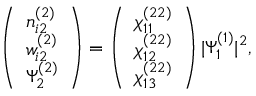
\begin{array} { r } { \left( \begin{array} { l } { n _ { i 2 } ^ { ( 2 ) } } \\ { w _ { i 2 } ^ { ( 2 ) } } \\ { \Psi _ { 2 } ^ { ( 2 ) } } \end{array} \right) = \left( \begin{array} { l } { \chi _ { 1 1 } ^ { ( 2 2 ) } } \\ { \chi _ { 1 2 } ^ { ( 2 2 ) } } \\ { \chi _ { 1 3 } ^ { ( 2 2 ) } } \end{array} \right) | \Psi _ { 1 } ^ { ( 1 ) } | ^ { 2 } , } \end{array}